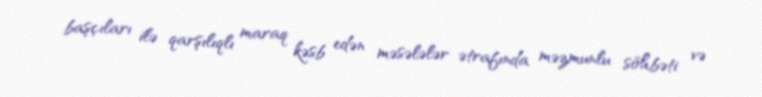
başçıları ilə qarşılıqlı maraq kəsb edən məsələlər ətrafında məzmunlu söhbəti və